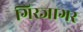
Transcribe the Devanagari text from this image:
गिरजागर